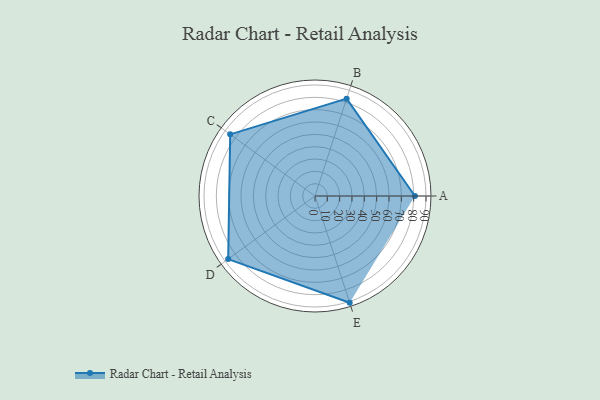
{"axis": {"x": "Skill", "y": "Score"}, "legend": ["Profile"], "data": [{"x": "A", "y": 81.0, "type": "Profile"}, {"x": "B", "y": 83.0, "type": "Profile"}, {"x": "C", "y": 85.0, "type": "Profile"}, {"x": "D", "y": 87.0, "type": "Profile"}, {"x": "E", "y": 91.0, "type": "Profile"}]}